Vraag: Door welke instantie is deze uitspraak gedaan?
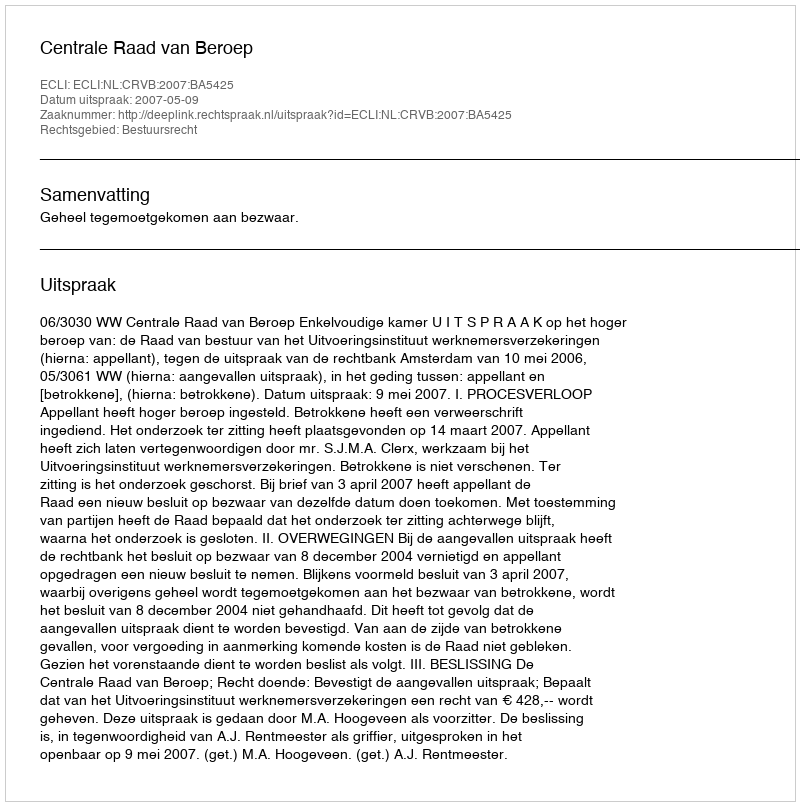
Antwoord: Centrale Raad van Beroep